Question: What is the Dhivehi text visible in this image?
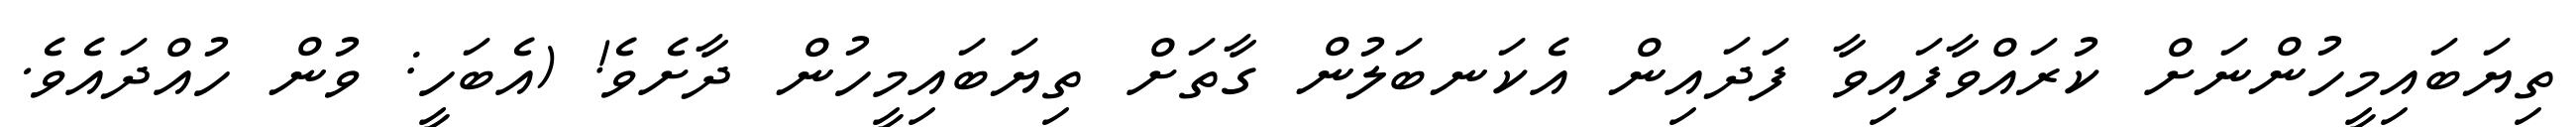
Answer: ތިޔަބައިމީހުންނަށް ކުރައްވާފައިވާ ފަދައިން އެކަނބަލުން ގާތަށް ތިޔަބައިމީހުން ދާށެވެ! (އެބަހީ: ވުން ހުއްދައެވެ.